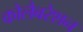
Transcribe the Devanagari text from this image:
कोलैबरेशन